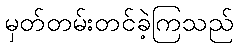
မှတ်တမ်းတင်ခဲ့ကြသည်